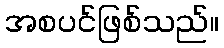
အစပင်ဖြစ်သည်။